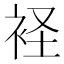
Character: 𧙔